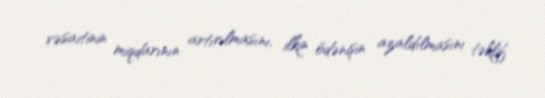
vəsaitinin miqdarının artırılmasını, ilkin ödənişin azaldılmasını təklif